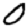
Digit: 0